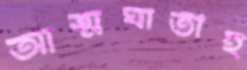
আত্মঘাতীই